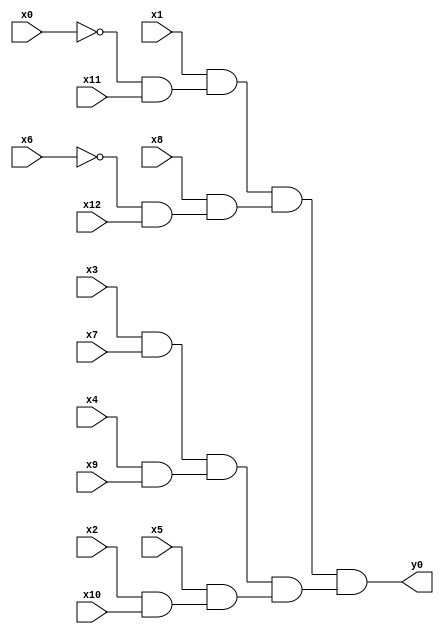
module top( x0 , x1 , x2 , x3 , x4 , x5 , x6 , x7 , x8 , x9 , x10 , x11 , x12 , y0 );
  input x0 , x1 , x2 , x3 , x4 , x5 , x6 , x7 , x8 , x9 , x10 , x11 , x12 ;
  output y0 ;
  wire n14 , n15 , n16 , n17 , n18 , n19 , n20 , n21 , n22 , n23 , n24 , n25 ;
  assign n14 = ~x0 & x11 ;
  assign n15 = x1 & n14 ;
  assign n16 = ~x6 & x12 ;
  assign n17 = x8 & n16 ;
  assign n18 = n15 & n17 ;
  assign n19 = x3 & x7 ;
  assign n20 = x4 & x9 ;
  assign n21 = n19 & n20 ;
  assign n22 = x2 & x10 ;
  assign n23 = x5 & n22 ;
  assign n24 = n21 & n23 ;
  assign n25 = n18 & n24 ;
  assign y0 = n25 ;
endmodule